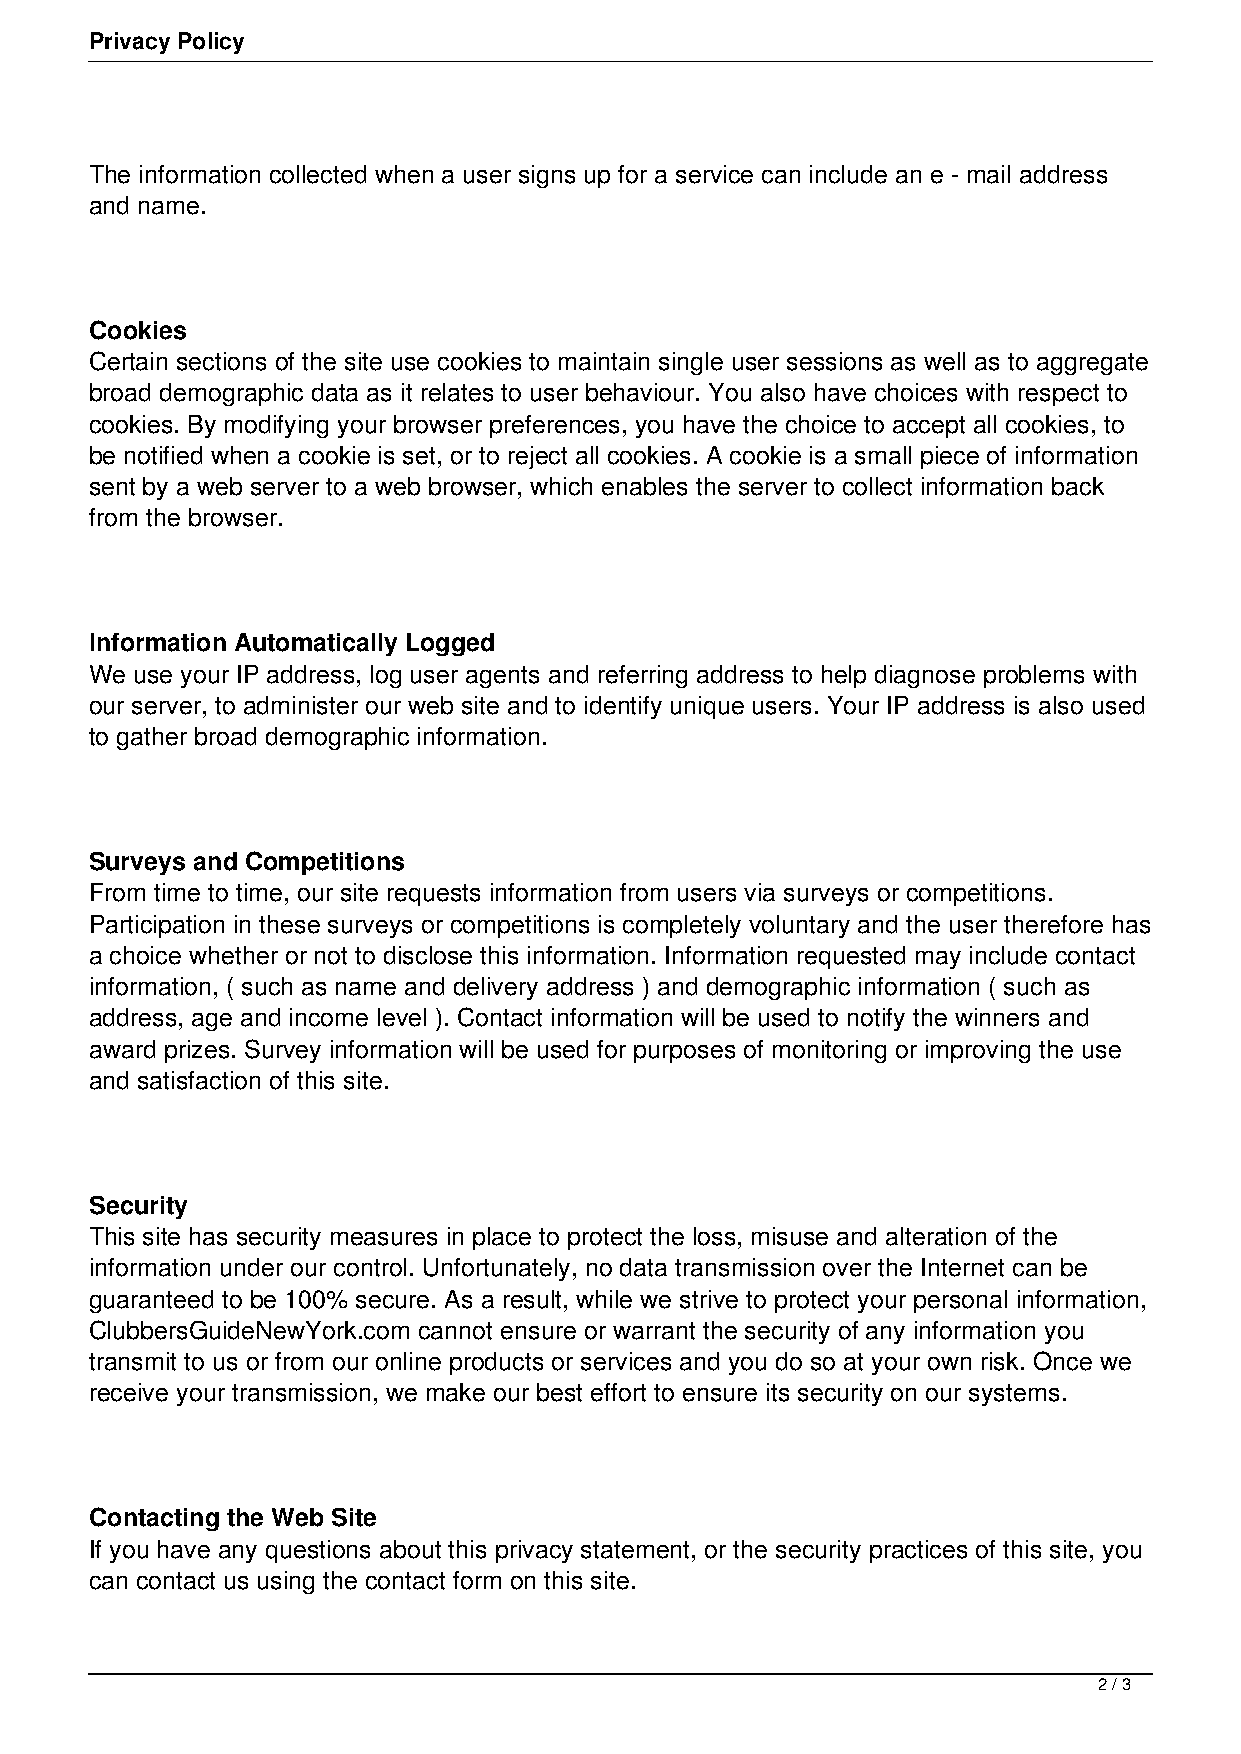
Privacy Policy
 The information collected when a user signs up for a service can include an e - mail address
 and name.
 Cookies
 Certain sections of the site use cookies to maintain single user sessions as well as to aggregate
 broad demographic data as it relates to user behaviour. You also have choices with respect to
 cookies. By modifying your browser preferences, you have the choice to accept all cookies, to
 be notified when a cookie is set, or to reject all cookies. A cookie is a small piece of information
 sent by a web server to a web browser, which enables the server to collect information back
 from the browser.
 Information Automatically Logged
 We use your IP address, log user agents and referring address to help diagnose problems with
 our server, to administer our web site and to identify unique users. Your IP address is also used
 to gather broad demographic information.
 Surveys and Competitions
 From time to time, our site requests information from users via surveys or competitions.
 Participation in these surveys or competitions is completely voluntary and the user therefore has
 a choice whether or not to disclose this information. Information requested may include contact
 information, ( such as name and delivery address ) and demographic information ( such as
 address, age and income level ). Contact information will be used to notify the winners and
 award prizes. Survey information will be used for purposes of monitoring or improving the use
 and satisfaction of this site.
 Security
 This site has security measures in place to protect the loss, misuse and alteration of the
 information under our control. Unfortunately, no data transmission over the Internet can be
 guaranteed to be 100% secure. As a result, while we strive to protect your personal information,
 ClubbersGuideNewYork.com cannot ensure or warrant the security of any information you
 transmit to us or from our online products or services and you do so at your own risk. Once we
 receive your transmission, we make our best effort to ensure its security on our systems.
 Contacting the Web Site
 If you have any questions about this privacy statement, or the security practices of this site, you
 can contact us using the contact form on this site.
 2 / 3